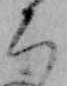
ち